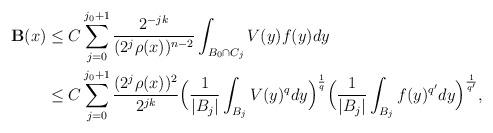
LaTeX: \begin{align*}\mathbf{B}(x) & \leq C \sum _{j=0}^{j_{0}+1} {{2^{-jk}}\over{(2^{j}\rho(x))^{n-2}}} \int _{B_{0}\cap C_{j}} V(y)f(y) dy \\ & \leq C \sum _{j=0}^{j_{0}+1} {{(2^{j}\rho(x))^{2}}\over{2^{jk}}} \Big( {1\over{|B_{j}|}} \int _{B_{j}} V(y)^{q}dy\Big)^{1\over q} \Big( {1\over{|B_{j}|}} \int _{B_{j}} f(y)^{q'}dy\Big)^{1\over q'},\end{align*}